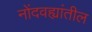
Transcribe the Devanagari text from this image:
नोंदवह्यांतील